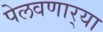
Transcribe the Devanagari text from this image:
पेलवणार्‍या